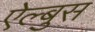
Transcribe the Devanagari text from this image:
ऐल्बुस